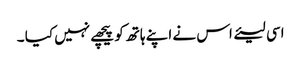
اسی لیئے اس نے اپنے ہاتھ کو پیچھے نہیں کیا ۔